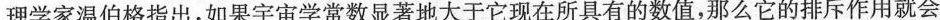
理学家温伯格指出，如果宇宙学常数显著地大于它现在所具有的数值，那么它的排斥作用就会